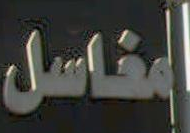
المغاسل